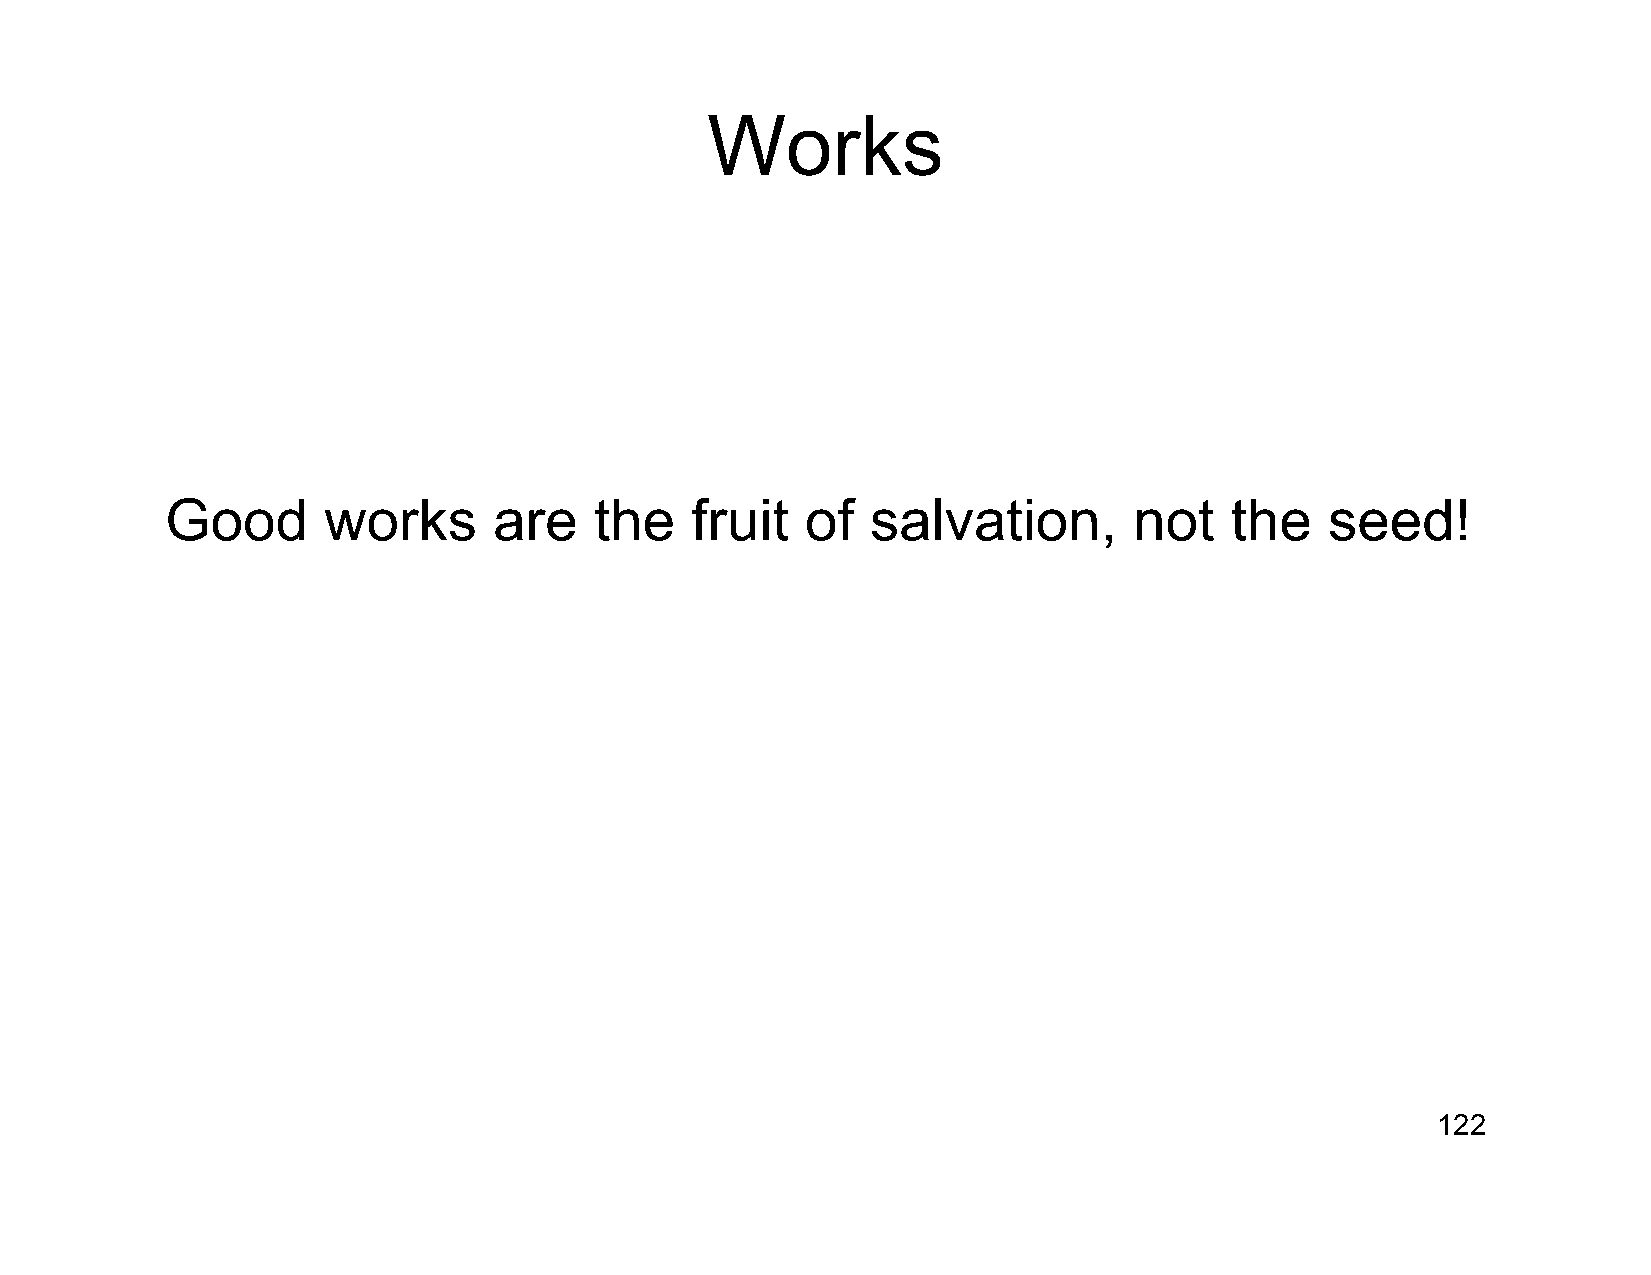
Works
 Good      works       are   the    fruit  of   salvation,       not   the    seed!
 122